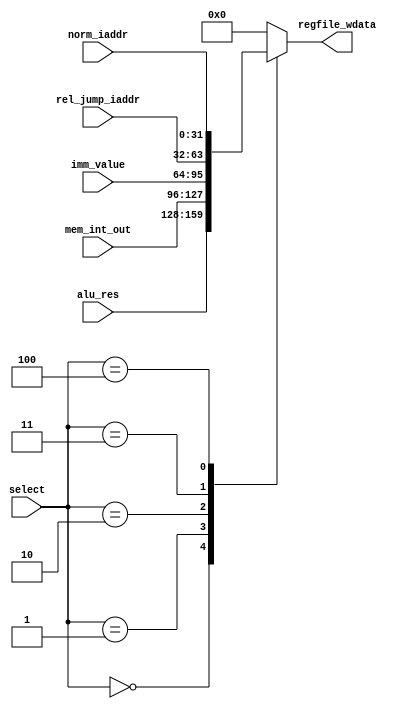
module wdata_mux (
    input [2:0] select,
    input [31:0] alu_res,
    input [31:0] mem_int_out,
    input [31:0] imm_value,
    input [31:0] rel_jump_iaddr,
    input [31:0] norm_iaddr,
    output [31:0] regfile_wdata
);

    reg [31:0] regfile_wdata;

    always @(*) begin
        
        case (select)
            3'b000: regfile_wdata = alu_res;
            3'b001: regfile_wdata = mem_int_out;
            3'b010: regfile_wdata = imm_value;
            3'b011: regfile_wdata = rel_jump_iaddr;
            3'b100: regfile_wdata = norm_iaddr;
            default: regfile_wdata = 32'b0;
        endcase

    end
    
endmodule